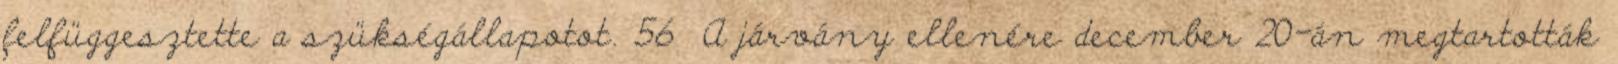
felfüggesztette a szükségállapotot. 56 A járvány ellenére december 20-án megtartották